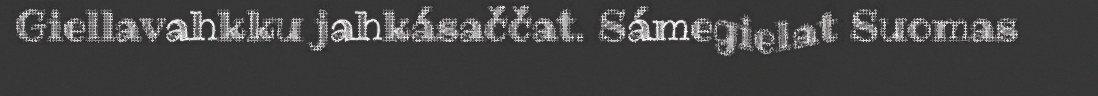
Giellavahkku jahkásaččat. Sámegielat Suomas